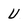
Character: U